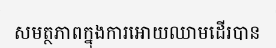
សមត្ថភាពក្នុងការអោយឈាមដើរបាន